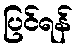
ပြင်ရန်